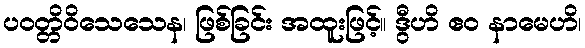
ပဝတ္တိဝိသေသေန၊ ဖြစ်ခြင်း အထူးဖြင့်။ ဒွီဟိ ဧဝ နာမေဟိ၊